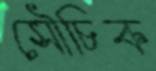
সৌচিক